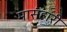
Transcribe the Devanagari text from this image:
मासंहारी